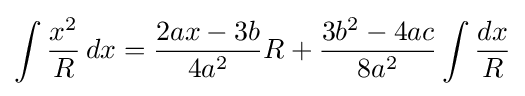
\int {\frac {x^{2}}{R}}\,dx={\frac {2ax-3b}{4a^{2}}}R+{\frac {3b^{2}-4ac}{8a^{2}}}\int {\frac {dx}{R}}